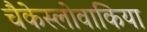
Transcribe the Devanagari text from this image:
चैकेस्लोवाकिया